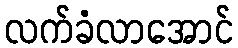
လက်ခံလာအောင်